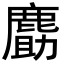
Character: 𪊹